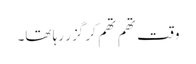
وقت تھم تھم کر گزر رہا تھا۔